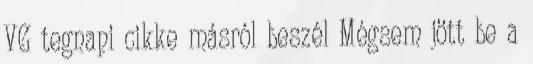
VG tegnapi cikke másról beszél Mégsem jött be a